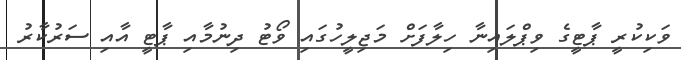
ވަކިކުރީ ޕާޓީގެ ވިޕްލައިނާ ހިލާފަށް މަޖިލީހުގައި ވޯޓު ދިނުމާއި ޕާޓީ އާއި ސަރުކާރު